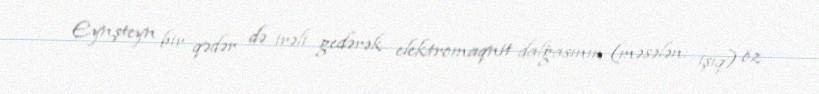
Eynşteyn bir qədər də irəli gedərək elektromaqnit dalğasının (məsələn: işıq) öz